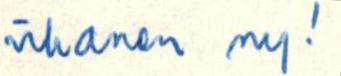
vihanen ny!